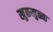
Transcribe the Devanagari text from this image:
खुळखुळ्या